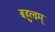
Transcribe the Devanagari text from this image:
बहुत्वम्